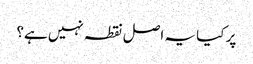
پر کیا یہ اصل نقطہ نہیں ہے؟